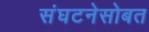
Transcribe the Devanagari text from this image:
संघटनेसोबत